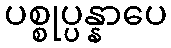
ပစ္စုပ္ပန္နာပေ